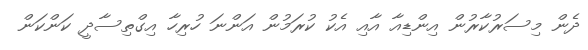
ދެން މިސަރުކާރުން އިންޑިއާ އާއި އެކު ކުރަމުން އަންނަ ހުރިހާ އިގްތިސާދީ ކަންކަން